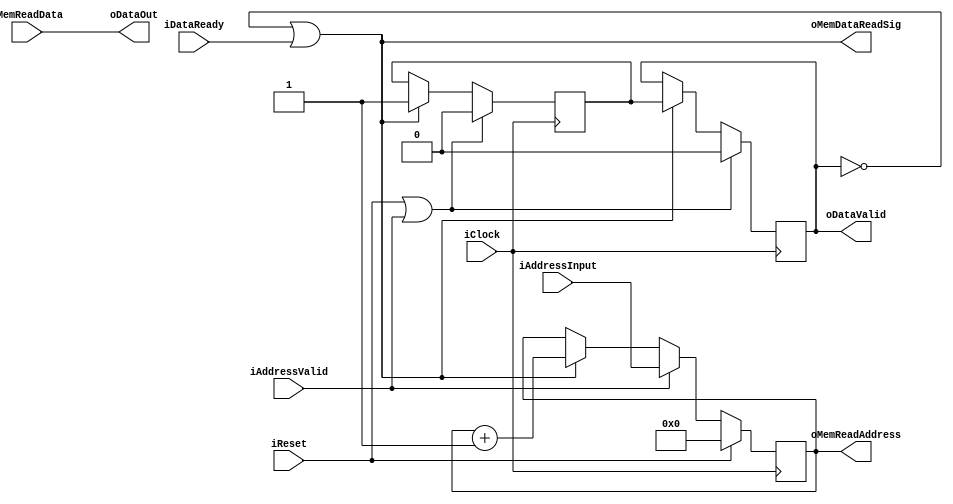
//////////////////////////////////////////////////////////////////////////////////
// BRAMPopControl for Cosmos OpenSSD
// Copyright (c) 2015 Hanyang University ENC Lab.
// Contributed by Kibin Park <kbpark@enc.hanyang.ac.kr>
//                Yong Ho Song <yhsong@enc.hanyang.ac.kr>
//
// This file is part of Cosmos OpenSSD.
//
// Cosmos OpenSSD is free software; you can redistribute it and/or modify
// it under the terms of the GNU General Public License as published by
// the Free Software Foundation; either version 3, or (at your option)
// any later version.
//
// Cosmos OpenSSD is distributed in the hope that it will be useful,
// but WITHOUT ANY WARRANTY; without even the implied warranty of
// MERCHANTABILITY or FITNESS FOR A PARTICULAR PURPOSE.
// See the GNU General Public License for more details.
//
// You should have received a copy of the GNU General Public License
// along with Cosmos OpenSSD; see the file COPYING.
// If not, see <http://www.gnu.org/licenses/>. 
//////////////////////////////////////////////////////////////////////////////////

//////////////////////////////////////////////////////////////////////////////////
// Company: ENC Lab. <http://enc.hanyang.ac.kr>
// 
// Project Name: Cosmos OpenSSD
// Design Name: BRAM pop controller
// Module Name: BRAMPopControl
//
// Version: v1.0.0
//
// Description: Automatically pops next data from the BRAM
//
//////////////////////////////////////////////////////////////////////////////////

//////////////////////////////////////////////////////////////////////////////////
// Revision History:
//
// * v1.0.0
//   - first draft 
//////////////////////////////////////////////////////////////////////////////////
`timescale 1ns / 1ps

module BRAMPopControl
#
(
    parameter BRAMAddressWidth  =   8   ,
    parameter DataWidth         =   32
)
(
    iClock          ,
    iReset          ,
    iAddressInput   ,
    iAddressValid   ,
    oDataOut        ,
    oDataValid      ,
    iDataReady      ,
    oMemReadAddress ,
    iMemReadData    ,
    oMemDataReadSig
);

    input                               iClock          ;
    input                               iReset          ;
    input   [BRAMAddressWidth - 1:0]    iAddressInput   ;
    input                               iAddressValid   ;
    output  [DataWidth - 1:0]           oDataOut        ;
    output                              oDataValid      ;
    input                               iDataReady      ;
    output  [BRAMAddressWidth - 1:0]    oMemReadAddress ;
    input   [DataWidth - 1:0]           iMemReadData    ;
    output                              oMemDataReadSig ;
    
    reg     [BRAMAddressWidth - 1:0]    rReadAddress    ;
    reg                                 rValidSigOut    ;
    reg                                 rValidSigNextOut;
    
    assign oMemReadAddress  = rReadAddress;
    assign oMemDataReadSig  = (!rValidSigOut || iDataReady);
    
    always @ (posedge iClock)
        if (iReset)
            rReadAddress <= {(BRAMAddressWidth){1'b0}};
        else
            if (iAddressValid)
                rReadAddress <= iAddressInput;
            else if (oMemDataReadSig)
                rReadAddress <= rReadAddress + 1'b1;
    
    always @ (posedge iClock)
        if (iReset || iAddressValid)
        begin
            rValidSigOut        <= 1'b0;
            rValidSigNextOut    <= 1'b0;
        end
        else
        begin
            if (!rValidSigOut || iDataReady)
            begin
                rValidSigOut        <= rValidSigNextOut;
                rValidSigNextOut    <= oMemDataReadSig;
            end
        end
    
    assign oDataOut     = iMemReadData;
    assign oDataValid   = rValidSigOut;

endmodule